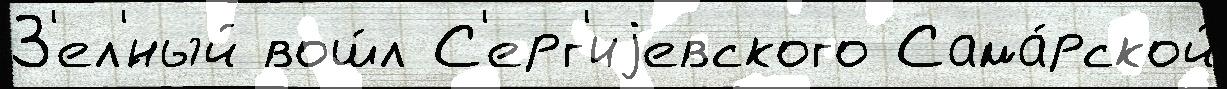
З'ел'́ный вош́л С'ерг'иjевского Сама́рской